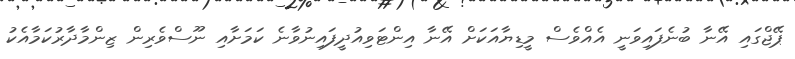
ޕޭޖްގައި އޭނާ ބުނެފައިވަނީ އެއްވެސް މީޑިޔާއަކަށް އޭނާ އިންޓަވިއުދީފައިނުވާނެ ކަމަށާއި ނޫސްވެރިން ޒިންމާދާރުކަމާއެކު